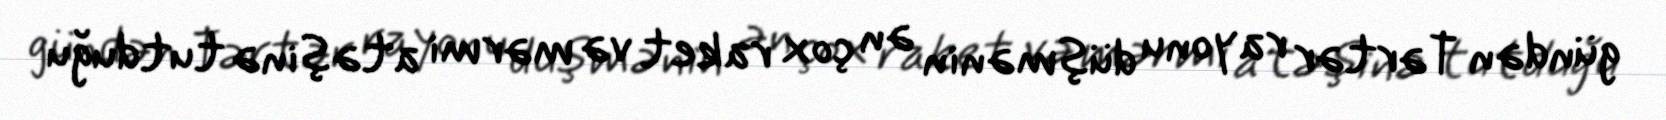
gündən Tərtər rayonu düşmənin ən çox raket və mərmi atəşinə tutduğu